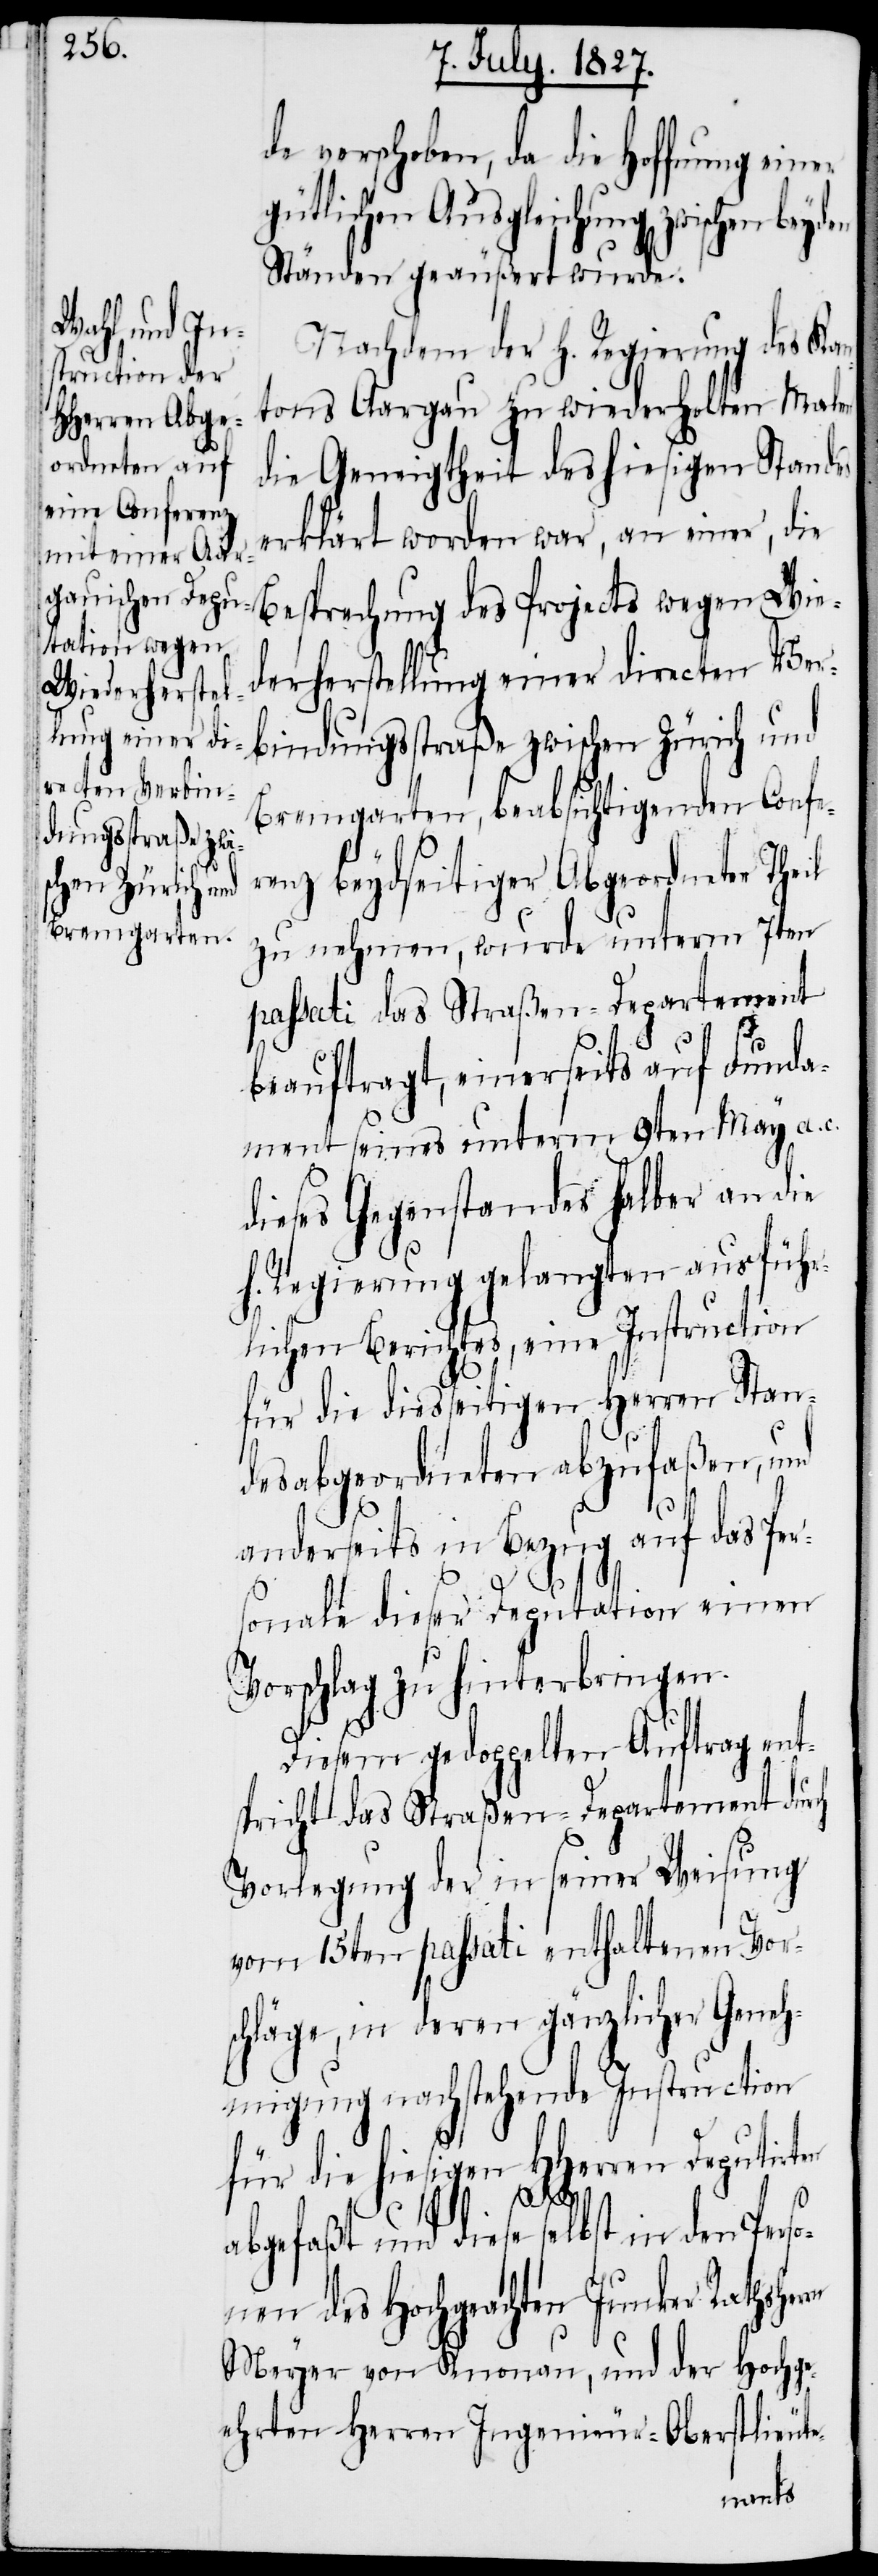
de verschoben, da die Hoffnung einer
gütlichen Ausgleichung zwischen beyd¬
Ständen geäußert wurde.
Nachdem der H. Regierung des Kan¬
tons Aargau zu wiederholten Malen
die Geneigtheit des hiesigen Standes
erklärt worden war, an einer, die
Besprechung des Projects wegen Wie¬
derherstellung einer directen Ver¬
bindungsstraße zwischen Zürich und
Bremgarten, beabsichtigenden Confe¬
renz beydseitiger Abgeordneter Theil
zu nehmen, wurde unterm 7ten
passati das Straßen-Departement
beauftragt, einerseits auf Funda¬
ment seines unterm 9ten May a. c.
dieses Gegenstandes halber an die
h. Regierung gelangten ausführ¬
lichen Berichtes, eine Instruction
für die diesseitigen Herren Stan¬
desabgeordneten abzufaßen, und
anderseits in Bezug auf das Per¬
sonale dieser Deputation einen
Vorschlag zu hinterbringen.
Diesem gedoppelten Auftrag ent¬
spricht das Straßen-Departement durch
Vorlegung der in seiner Weisung
vom 15ten passati enthaltenen Vor¬
schläge, in deren gänzlicher Geneh¬
migung nachstehende Instruction
rn
für die hiesigen HHerren Deputirten
abgefaßt und diese selbst in den Perso¬
nen des Hochgeachten Junker Rathsher¬
Meyer von Knonau, und der Hochge¬
ehrten Herren Ingenieur-Oberstlieute-